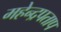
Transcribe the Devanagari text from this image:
महेन्द्रपताप